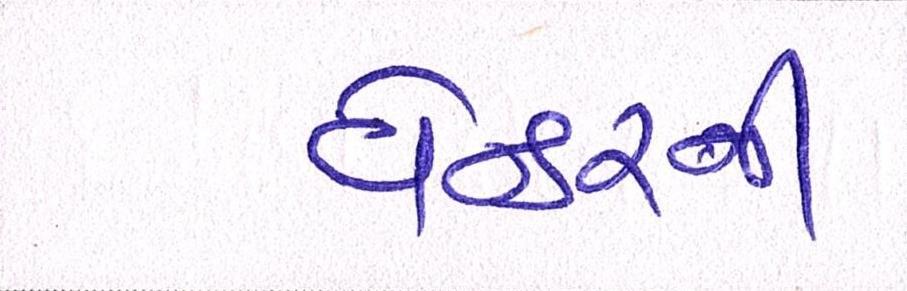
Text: વેન્ડરની